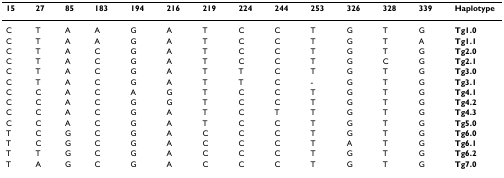
| 15 | 27 | 85 | 183 | 194 | 216 | 219 | 224 | 244 | 253 | 326 | 328 | 339 | Haplotype |
 | --- | --- | --- | --- | --- | --- | --- | --- | --- | --- | --- | --- | --- | --- |
 | C | T | A | A | G | A | T | C | C | T | G | T | G | Tg1.0 |
 | C | T | A | A | G | A | T | C | C | T | G | T | A | Tg1.1 |
 | C | T | A | C | G | A | T | C | C | T | G | T | G | Tg2.0 |
 | C | T | A | C | G | A | T | C | C | T | G | C | G | Tg2.1 |
 | C | T | A | C | G | A | T | T | C | T | G | T | G | Tg3.0 |
 | C | T | A | C | G | A | T | T | C | - | G | T | G | Tg3.1 |
 | C | C | A | C | A | G | T | C | C | T | G | T | G | Tg4.1 |
 | C | C | A | C | G | G | T | C | C | T | G | T | G | Tg4.2 |
 | C | C | A | C | G | A | T | C | T | T | G | T | G | Tg4.3 |
 | C | C | A | C | G | A | T | C | C | T | G | T | G | Tg5.0 |
 | T | C | G | C | G | A | C | C | C | T | G | T | G | Tg6.0 |
 | T | C | G | C | G | A | C | C | C | T | A | T | G | Tg6.1 |
 | T | T | G | C | G | A | C | C | C | T | G | T | G | Tg6.2 |
 | T | A | G | C | G | A | C | C | C | T | G | T | G | Tg7.0 |